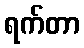
ရက်တာ